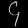
Digit: ၄